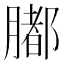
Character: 𦡄